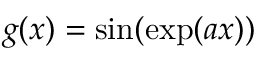
g ( x ) = \sin ( \exp ( a x ) )